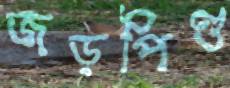
জড়পিণ্ড